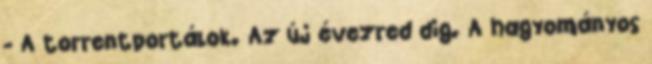
- A torrentportálok. Az új évezred dig. A hagyományos